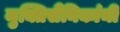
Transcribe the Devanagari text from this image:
मुक्तिसैनिकांनी